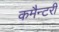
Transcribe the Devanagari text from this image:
कमैन्टरी